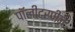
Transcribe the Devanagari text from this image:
पॉलीटरपीन